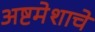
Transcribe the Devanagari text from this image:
अष्टमेशाचे